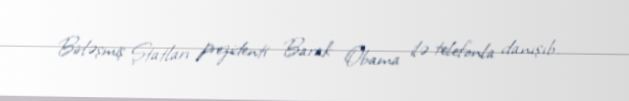
Birləşmiş Ştatları prezidenti Barak Obama ilə telefonla danışıb.